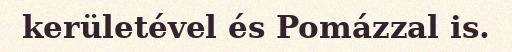
kerületével és Pomázzal is.